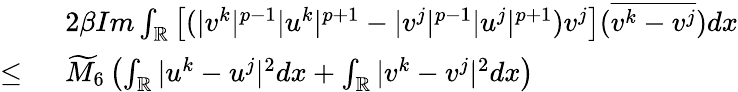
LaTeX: \begin{array}{rl}&{2\beta Im\int_{\mathbb{R}}\left[(|v^{k}|^{p-1}|u^{k}|^{p+1}-|v^{j}|^{p-1}|u^{j}|^{p+1})v^{j}\right](\overline{{v^{k}-v^{j}}})dx}\\ {\leq\ }&{\widetilde{M}_{6}\left(\int_{\mathbb{R}}|u^{k}-u^{j}|^{2}dx+\int_{\mathbb{R}}|v^{k}-v^{j}|^{2}dx\right)}\end{array}